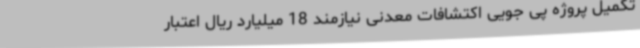
تکمیل پروژه پی جویی اکتشافات معدنی نیازمند 18 میلیارد ریال اعتبار